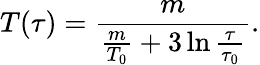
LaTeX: T(\tau)=\frac{m}{\frac{m}{T_{0}}+3\ln\frac{\tau}{\tau_{0}}}.